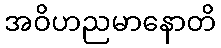
အဝိဟညမာနောတိ